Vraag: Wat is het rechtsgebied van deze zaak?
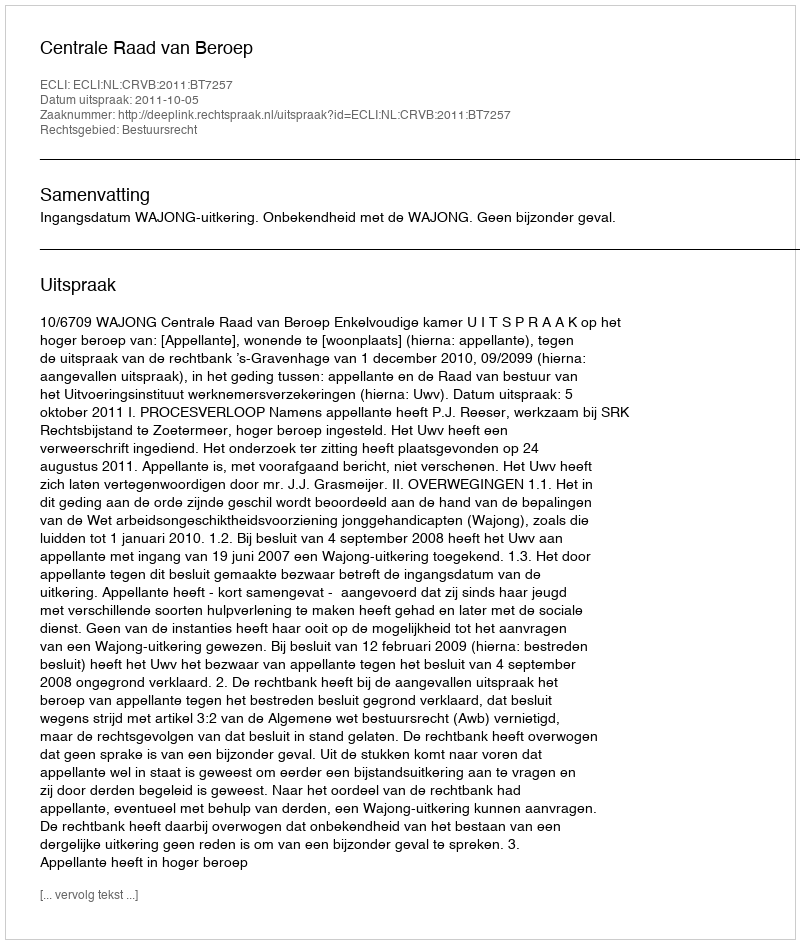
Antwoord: Bestuursrecht